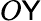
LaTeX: O\mathsf{Y}